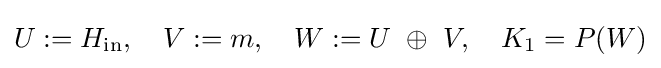
U:=H_{\text{in}},\quad V:=m,\quad W:=U\ \oplus \ V,\quad K_{1}=P(W)